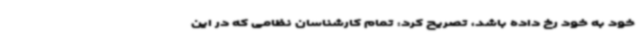
خود به خود رخ داده باشد، تصریح کرد: تمام کارشناسان نظامی که در این